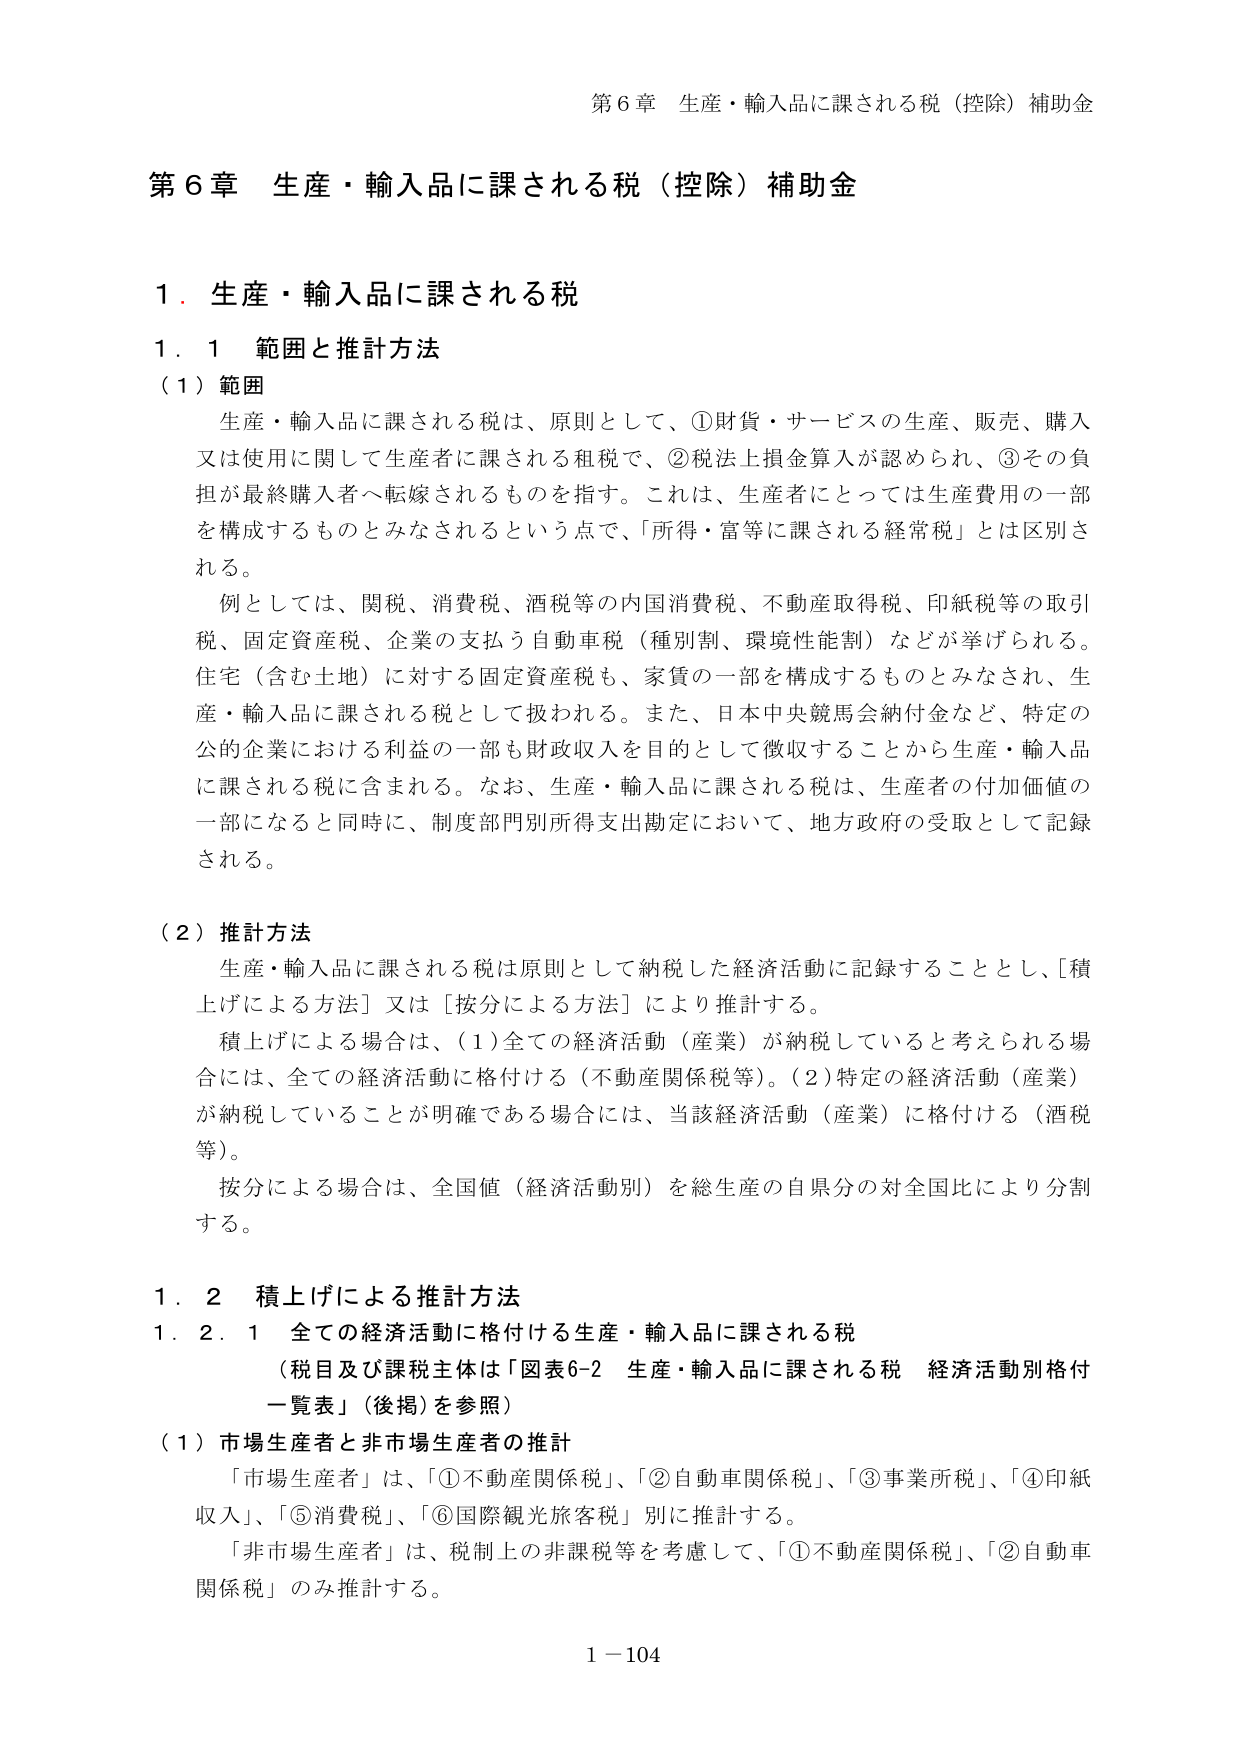
第６章 生産・輸入品に課される税（控除）補助金

第６章 生産・輸入品に課される税（控除）補助金

１．生産・輸入品に課される税

１．１ 範囲と推計方法

（１）範囲

生産・輸入品に課される税は、原則として、①財貨・サービスの生産、販売、購入又は使用に関して生産者に課される租税で、②税法上損金算入が認められ、③その負担が最終購入者へ転嫁されるものを指す。これは、生産者にとっては生産費用の一部を構成するものとみなされるという点で、「所得・富等に課される経常税」とは区別される。

例としては、関税、消費税、酒税等の内国消費税、不動産取得税、印紙税等の取引税、固定資産税、企業の支払う自動車税（種別制、環境性能制）などが挙げられる。住宅（含む土地）に対する固定資産税も、家賃の一部を構成するものとみなされ、生産・輸入品に課される税として扱われる。また、日本中央競馬会納付金など、特定の公的企業における利益の一部も財政収入を目的として徴収することから生産・輸入品に課される税に含まれる。なお、生産・輸入品に課される税は、生産者の付加価値の一部になると同時に、制度部門別所得支出勘定において、地方政府の受取として記録される。

（２）推計方法

生産・輸入品に課される税は原則として納税した経済活動に記録することとし、［積上げによる方法］又は［按分による方法］により推計する。

積上げによる場合は、（１）全ての経済活動（産業）が納税していると考えられる場合には、全ての経済活動に格付ける（不動産関係税等）。（２）特定の経済活動（産業）が納税していることが明確である場合には、当該経済活動（産業）に格付ける（酒税等）。

按分による場合は、全国値（経済活動別）を総生産の自県分の対全国比により分割する。

１．２ 積上げによる推計方法

１．２．１ 全ての経済活動に格付ける生産・輸入品に課される税

（税目及び課税主体は「図表6-2 生産・輸入品に課される税 経済活動別格付一覧表」（後掲）を参照）

（１）市場生産者と非市場生産者の推計

「市場生産者」は、「①不動産関係税」、「②自動車関係税」、「③事業所税」、「④印紙収入」、「⑤消費税」、「⑥国際観光旅客税」別に推計する。

「非市場生産者」は、税制上の非課税等を考慮して、「①不動産関係税」、「②自動車関係税」のみ推計する。

１－104